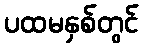
ပထမနှစ်တွင်